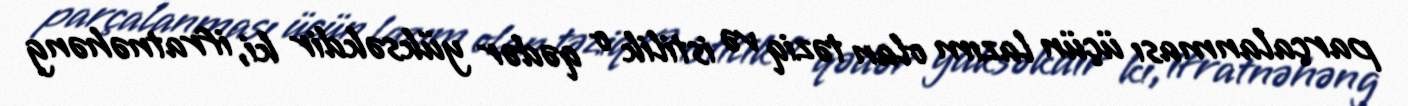
parçalanması üçün lazım olan təziq və istilik o qədər yüksəkdir ki, ifratnəhəng